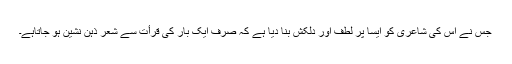
جس نے اس کی شاعری کو ایسا پر لطف اور دلکش بنا دیا ہے کہ صرف ایک بار کی قرأت سے شعر ذہن نشین ہو جاتاہے۔